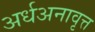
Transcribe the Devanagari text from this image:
अर्धअनावृत्त